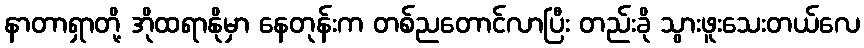
နာတာရှာတို့ အိုထရာနိုမှာ နေတုန်းက တစ်ညတောင်လာပြီး တည်းခို သွားဖူးသေးတယ်လေ